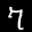
Label: 7